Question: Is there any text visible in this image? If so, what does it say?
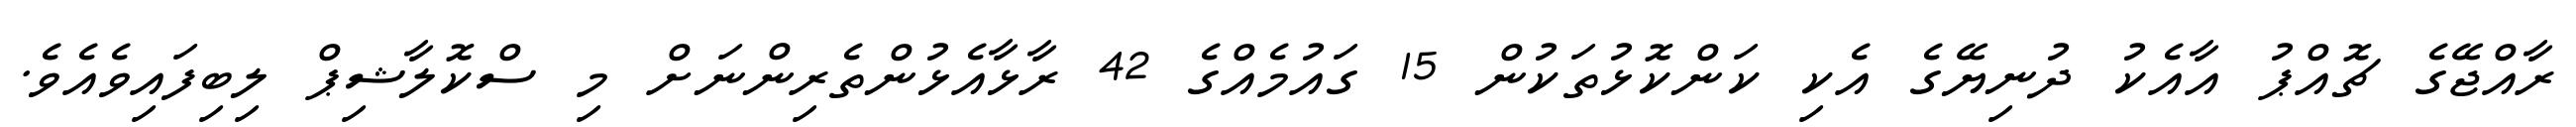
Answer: ރާއްޖޭގެ ޗޮއްޕު އާއެކު ދުނިޔޭގެ އެކި ކަންކޮޅުތަކުން 15 ގައުމެއްގެ 42 ރާޅާއެޅުންތެރިންނަށް މި ސްކޮލާޝިޕް ލިބިފައިވެއެވެ.